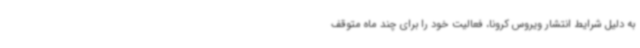
به دلیل شرایط انتشار ویروس کرونا، فعالیت خود را برای چند ماه متوقف